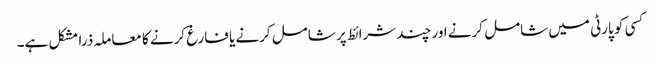
کسی کو پارٹی میں شامل کرنے اور چند شرائط پر شامل کرنے یا فارغ کرنے کا معاملہ ذرا مشکل ہے۔